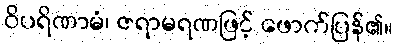
ဝိပရိဏာမံ၊ ဇရာမရဏဖြင့် ဖောက်ပြန်၏။